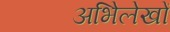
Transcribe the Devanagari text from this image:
अभिेलेखों